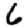
Digit: 6